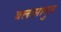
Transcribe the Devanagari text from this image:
बलासागुन